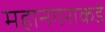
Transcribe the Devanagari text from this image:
महानगराकडे